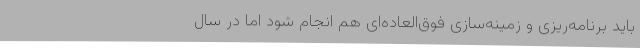
باید برنامه‌ریزی و زمینه‌سازی فوق‌العاده‌ای هم انجام شود اما در سال